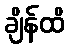
ချိန်ထိ